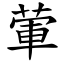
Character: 葷